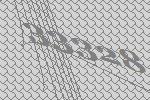
33328